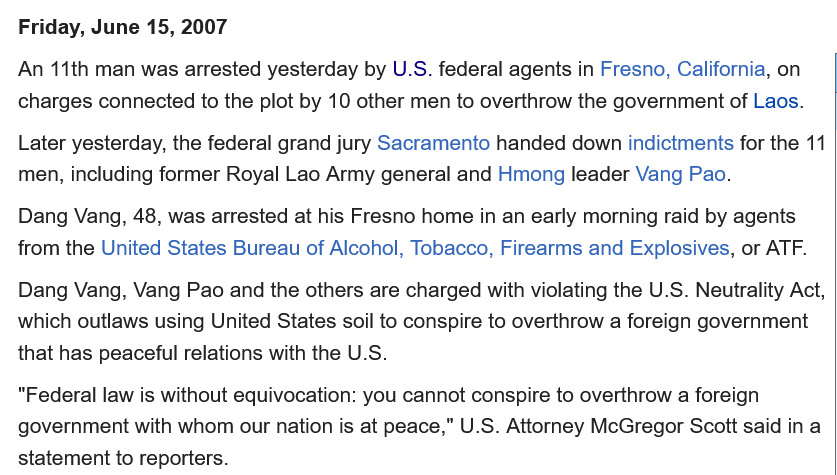
Friday, June 15, 2007
  An 11th man was arrested yesterday by U.S. federal agents in Fresno, California, on
  charges connected to the plot by 10 other men to overthrow the government of Laos.
  Later yesterday, the federal grand jury Sacramento handed down indictments for the 11
  men, including former Royal Lao Army general and Hmong leader Vang Pao.
  Dang Vang, 48, was arrested at his Fresno home in an early morning raid by agents
  from the United States Bureau of Alcohol, Tobacco, Firearms and Explosives, or ATF.
  “Federal law is without equivocation: you cannot conspire to overthrow a foreign
  government with whom our nation is at peace," U.S. Attorney McGregor Scott said in a
  statement to reporters.
  Dang Vang, Vang Pao and the others are charged with violating the U.S. Neutrality Act,
  which outlaws using United States soil to conspire to overthrow a foreign government
  that has peaceful relations with the U.S.